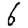
Digit: 6